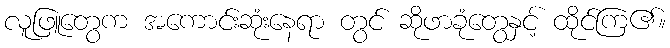
လူဖြူတွေက အကောင်းဆုံးနေရာ တွင် ဆိုဖာခုံတွေနှင့် ထိုင်ကြ၏။